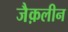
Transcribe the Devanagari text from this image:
जैक़लीन